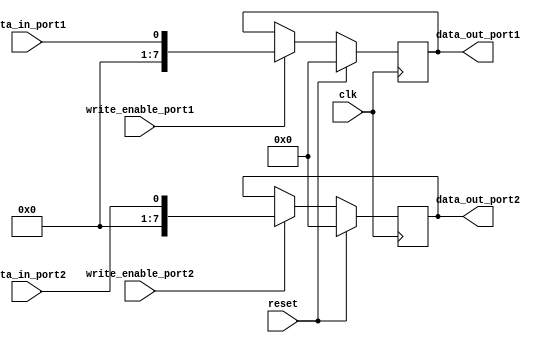
module dual_port_register (
    input wire clk,
    input wire reset,
    input wire data_in_port1,
    input wire data_in_port2,
    input wire write_enable_port1,
    input wire write_enable_port2,
    output reg [7:0] data_out_port1,
    output reg [7:0] data_out_port2
);

reg [7:0] reg1;
reg [7:0] reg2;

always @(posedge clk) begin
    if (reset) begin
        reg1 <= 8'b0;
        reg2 <= 8'b0;
    end else begin
        if (write_enable_port1) begin
            reg1 <= data_in_port1;
        end
        if (write_enable_port2) begin
            reg2 <= data_in_port2;
        end
    end
end

assign data_out_port1 = reg1;
assign data_out_port2 = reg2;

endmodule